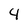
Character: 4